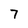
Character: 7